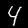
Label: 4